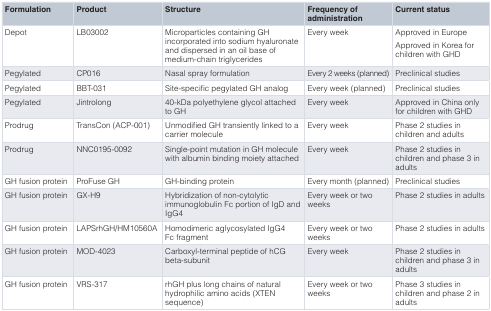
| Formulation | Product | Structure | Frequency ofadministration | Current status |
 | --- | --- | --- | --- | --- |
 | Depot | LB03002 | Microparticles containing GHincorporated into sodium hyaluronateand dispersed in an oil base ofmedium-chain triglycerides | Every week | Approved in EuropeApproved in Korea forchildren with GHD |
 | Pegylated | CP016 | Nasal spray formulation | Every 2 weeks (planned) | Preclinical studies |
 | Pegylated | BBT-031 | Site-specific pegylated GH analog | Every week (planned) | Preclinical studies |
 | Pegylated | Jintrolong | 40-kDa polyethylene glycol attachedto GH | Every week | Approved in China onlyfor children with GHD |
 | Prodrug | TransCon (ACP-001) | Unmodified GH transiently linked to acarrier molecule | Every week | Phase 2 studies inchildren and adults |
 | Prodrug | NNC0195-0092 | Single-point mutation in GH moleculewith albumin binding moiety attached | Every week | Phase 2 studies inchildren and phase 3 inadults |
 | GH fusion protein | ProFuse GH | GH-binding protein | Every month (planned) | Preclinical studies |
 | GH fusion protein | GX-H9 | Hybridization of non-cytolyticimmunoglobulin Fc portion of IgD andIgG4 | Every week or twoweeks | Phase 2 studies in adults |
 | GH fusion protein | LAPSrhGH/HM10560A | Homodimeric aglycosylated IgG4Fc fragment | Every week or twoweeks | Phase 2 studies in adults |
 | GH fusion protein | MOD-4023 | Carboxyl-terminal peptide of hCG beta-subunit | Every week | Phase 2 studies inchildren and phase 3 inadults |
 | GH fusion protein | VRS-317 | rhGH plus long chains of naturalhydrophilic amino acids (XTENsequence) | Every week or twoweeks | Phase 3 studies inchildren and phase 2 inadults |